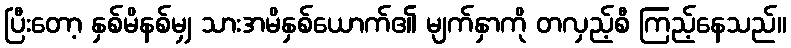
ပြီးတော့ နှစ်မိနစ်မျှ သားအမိနှစ်ယောက်၏ မျက်နှာကို တလှည့်စီ ကြည့်နေသည်။